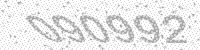
Solution: 090992